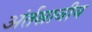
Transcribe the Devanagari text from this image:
अंर्तस्रावीय